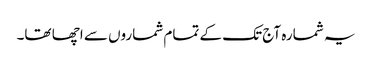
یہ شمارہ آج تک کے تمام شماروں سے اچھا تھا۔